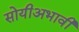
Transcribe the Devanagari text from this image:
सोयीअभावी